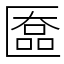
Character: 匲